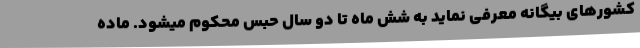
کشورهای بیگانه معرفی نماید به شش ماه تا دو سال حبس محکوم میشود. ماده